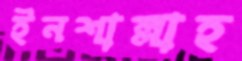
ইনশাল্লাহ